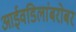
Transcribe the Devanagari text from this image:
आईवडिलांबरोबर